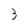
Character: 3